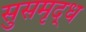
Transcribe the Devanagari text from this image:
सुसमृद्ध